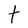
Character: t